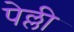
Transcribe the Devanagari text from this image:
पेल्ली